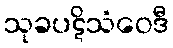
သုခပဋိသံဝေဒီ